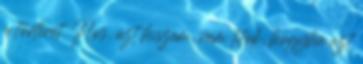
a történet. Nos, azt hiszem, nem titok, hogyha azt